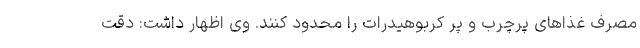
مصرف غذاهای پرچرب و پر کربوهیدرات را محدود کنند. وی اظهار داشت: دقت